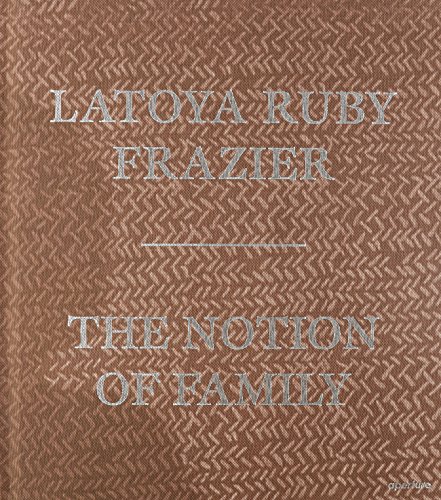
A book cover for LaToya Ruby Frazier: The Notion of Family; Laura Wexler; Arts & Photography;